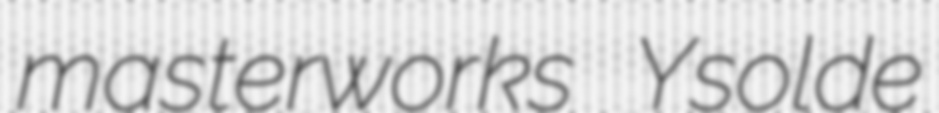
masterworks Ysolde